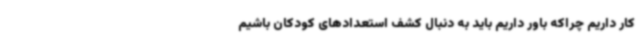
کار داریم چراکه باور داریم باید به دنبال کشف استعدادهای کودکان باشیم